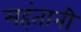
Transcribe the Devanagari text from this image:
महंतानी